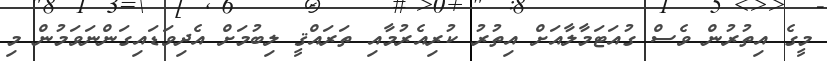
މީގެ އިތުރުން ވެސް ގުއަޓަމާލާއަށް އިތުރު ކުރިއެރުމާއި ތަރައްޤީ ލިބުމަށް އެދިވަޑައިގަންނަވަމުން މި